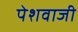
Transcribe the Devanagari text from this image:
पेशवाजी